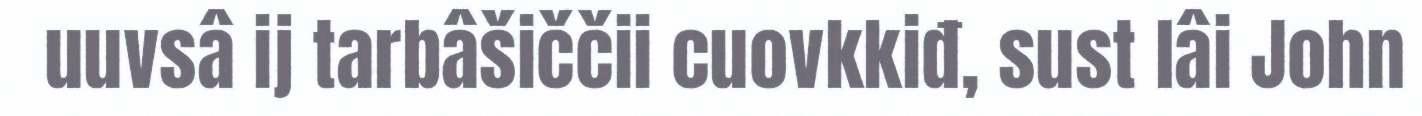
uuvsâ ij tarbâšiččii cuovkkiđ, sust lâi John